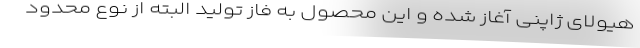
هیولای ژاپنی آغاز شده و این محصول به فاز تولید البته از نوع محدود